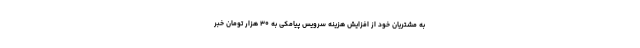
به مشتریان خود از افزایش هزینه سرویس پیامکی به ۳۰ هزار تومان خبر